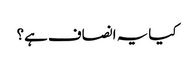
کیا یہ انصاف ہے؟